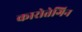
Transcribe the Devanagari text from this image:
कारोतेगिन